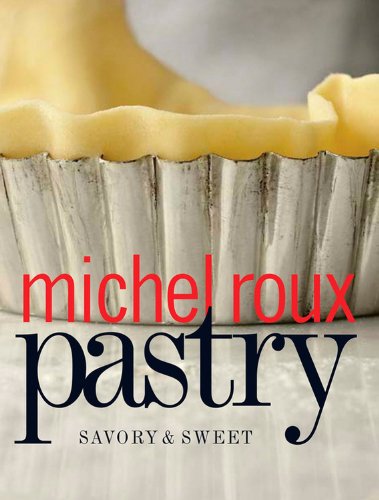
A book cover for Pastry: Savory & Sweet; Michel Roux; Cookbooks, Food & Wine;